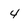
Character: 4